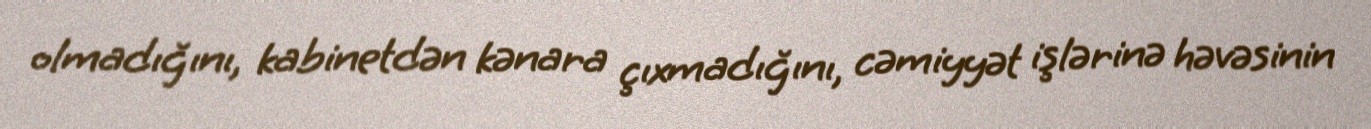
olmadığını, kabinetdən kənara çıxmadığını, cəmiyyət işlərinə həvəsinin